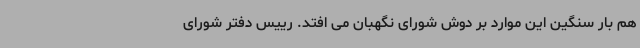
هم بار سنگین این موارد بر دوش شورای نگهبان می افتد. رییس دفتر شورای